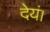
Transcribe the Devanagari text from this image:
देयं।